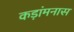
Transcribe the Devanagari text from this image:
कड़ांमनास